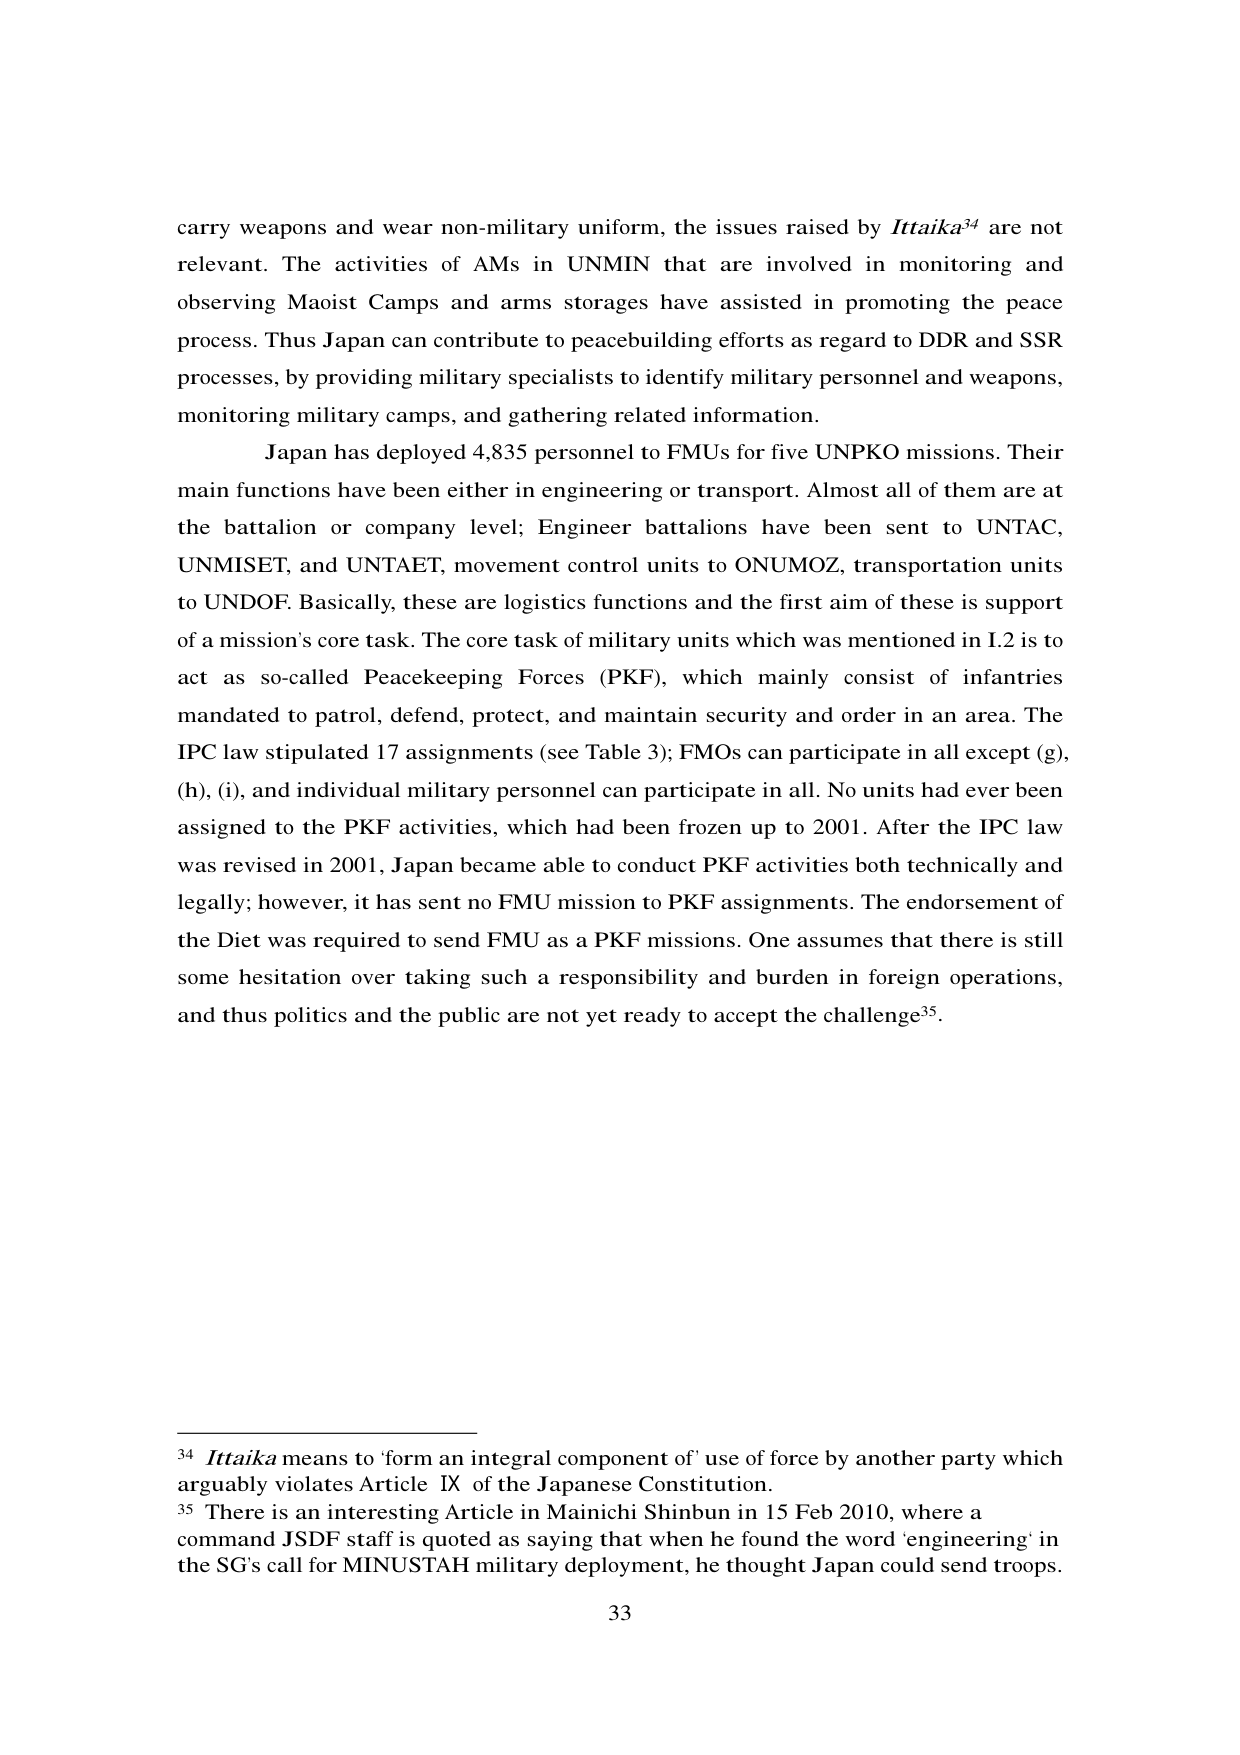
carry weapons and wear non-military uniform, the issues raised by Ittaika³⁴ are not relevant. The activities of AMs in UNMIN that are involved in monitoring and observing Maoist Camps and arms storages have assisted in promoting the peace process. Thus Japan can contribute to peacebuilding efforts as regard to DDR and SSR processes, by providing military specialists to identify military personnel and weapons, monitoring military camps, and gathering related information.

Japan has deployed 4,835 personnel to FMUs for five UNPKO missions. Their main functions have been either in engineering or transport. Almost all of them are at the battalion or company level; Engineer battalions have been sent to UNTAC, UNMISSET, and UNTAET, movement control units to ONUMOZ, transportation units to UNDOF. Basically, these are logistics functions and the first aim of these is support of a mission's core task. The core task of military units which was mentioned in I.2 is to act as so-called Peacekeeping Forces (PKF), which mainly consist of infantries mandated to patrol, defend, protect, and maintain security and order in an area. The IPC law stipulated 17 assignments (see Table 3); FMOs can participate in all except (g), (h), (i), and individual military personnel can participate in all. No units had ever been assigned to the PKF activities, which had been frozen up to 2001. After the IPC law was revised in 2001, Japan became able to conduct PKF activities both technically and legally; however, it has sent no FMU mission to PKF assignments. The endorsement of the Diet was required to send FMU as a PKF missions. One assumes that there is still some hesitation over taking such a responsibility and burden in foreign operations, and thus politics and the public are not yet ready to accept the challenge³⁵.

³⁴ Ittaika means to ‘form an integral component of’ use of force by another party which arguably violates Article IX of the Japanese Constitution.

³⁵ There is an interesting Article in Mainichi Shinbun in 15 Feb 2010, where a command JSDF staff is quoted as saying that when he found the word ‘engineering’ in the SG’s call for MINUSTAH military deployment, he thought Japan could send troops.

33